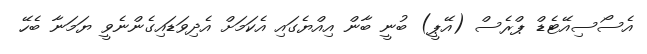
އެސޯސިއޭޓެޑް ޕްރެސް (އޭޕީ) ބުނީ ބާން އިއްޔެގައި އެކަމަށް އެދިވަޑައިގެންނެވީ ޔަމަނާ ބެހޭ